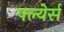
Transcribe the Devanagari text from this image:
फ्ल्येर्स